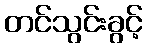
တင်သွင်းခွင့်